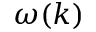
\omega ( k )